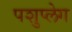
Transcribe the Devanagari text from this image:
पशुप्लेग